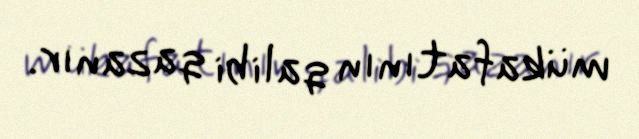
mükafatının qalibi qazanır.